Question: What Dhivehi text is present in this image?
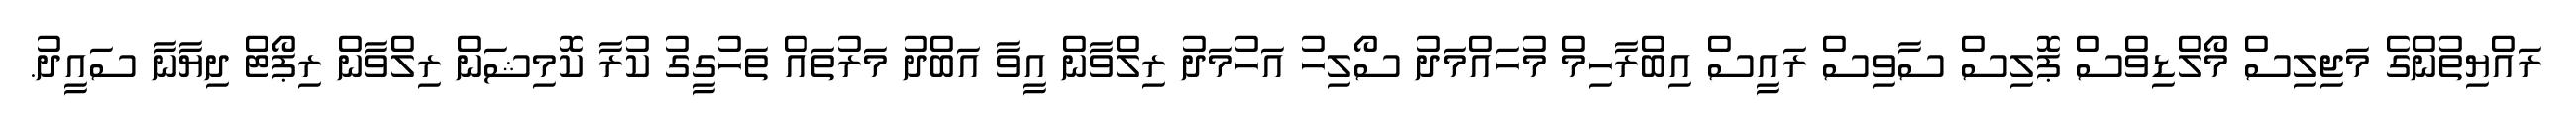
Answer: ރައްޔިތުންގެ މަޖިލިސް މޯލްޑިވްސް ޕޮލިސް ސާވިސް ރައީސް އިބްރާހިމް މުހައްމަދު ސޯލިހު އަހުމަދު ރިލްވާން އީވާ އަބްދު މަރުތައް ތަހުގީގު ކުރާ ކޮމިޝަން ރިލްވާން ރިޕޯޓް ދިޔާނާ ސައީދު.